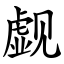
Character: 觑